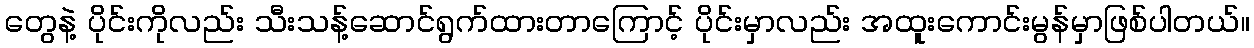
တွေနဲ့ ပိုင်းကိုလည်း သီးသန့်ဆောင်ရွက်ထားတာကြောင့် ပိုင်းမှာလည်း အထူးကောင်းမွန်မှာဖြစ်ပါတယ်။